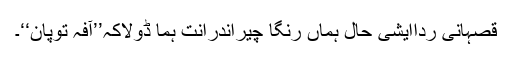
قصہانی رداایشی حال ہماں رنگا چیراندرانت ہما ڈولاکہ’’آفہ توپان‘‘۔